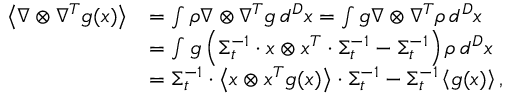
\begin{array} { r l } { \left\langle \nabla \otimes \nabla ^ { T } g ( x ) \right\rangle } & { = \int \rho \nabla \otimes \nabla ^ { T } g \, d ^ { D } x = \int g \nabla \otimes \nabla ^ { T } \rho \, d ^ { D } x } \\ & { = \int g \left( \Sigma _ { t } ^ { - 1 } \cdot x \otimes x ^ { T } \cdot \Sigma _ { t } ^ { - 1 } - \Sigma _ { t } ^ { - 1 } \right) \rho \, d ^ { D } x } \\ & { = \Sigma _ { t } ^ { - 1 } \cdot \left\langle x \otimes x ^ { T } g ( x ) \right\rangle \cdot \Sigma _ { t } ^ { - 1 } - \Sigma _ { t } ^ { - 1 } \left\langle g ( x ) \right\rangle , } \end{array}